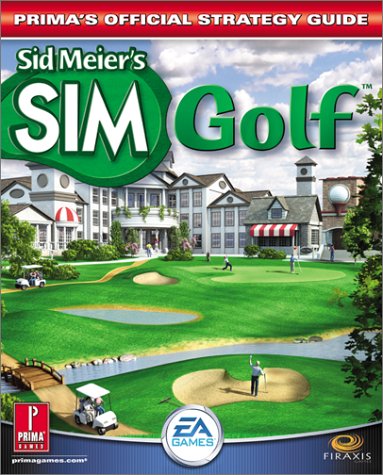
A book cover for Sid Meier's SimGolf: Prima's Official Strategy Guide; Mark Cohen; Humor & Entertainment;